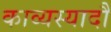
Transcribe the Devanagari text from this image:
काव्यस्यादौ